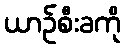
ယာဉ်စီးခကို